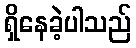
ရှိနေခဲ့ပါသည်